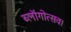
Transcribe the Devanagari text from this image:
ब्लॉगोत्सव।